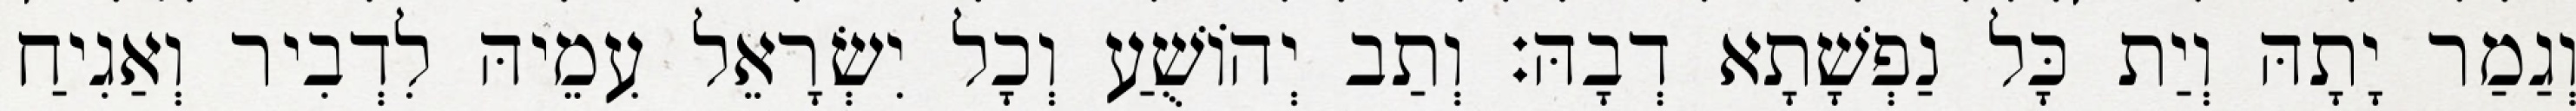
וְגַמַר יָתָהּ וְיַת כָּל נַפְשָׁתָא דְבָהּ׃ וְתַב יְהוֹשֻׁעַ וְכָל יִשְׂרָאֵל עִמֵיהּ לִדְבִיר וְאַגִיחַ